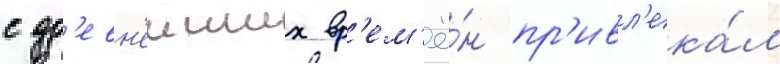
с др'евн'еиших вр'ем'ё́н пр'ивл'ека́л